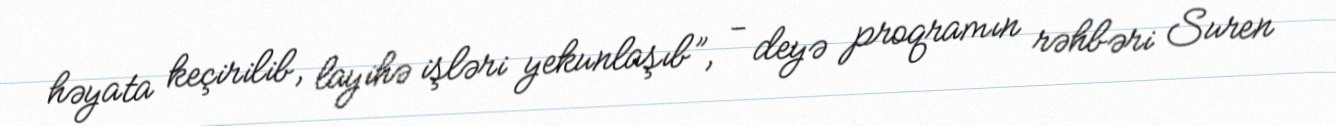
həyata keçirilib, layihə işləri yekunlaşıb”, - deyə proqramın rəhbəri Suren